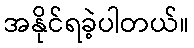
အနိုင်ရခဲ့ပါတယ်။